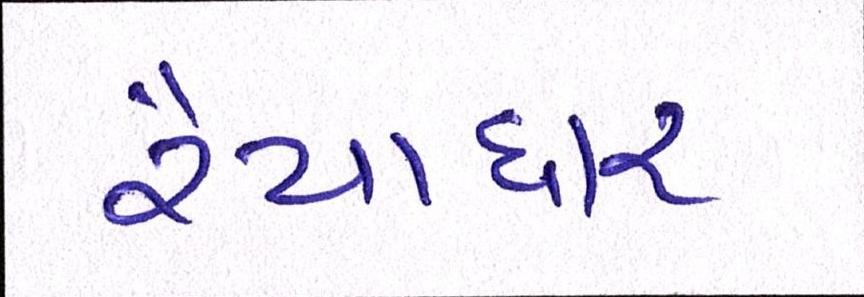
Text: રૈયાધાર